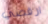
ارقصي